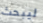
ليبحث